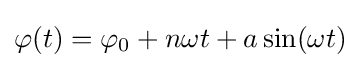
\varphi (t)=\varphi _{0}+n\omega t+a\sin(\omega t)